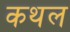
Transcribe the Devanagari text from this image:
कथल